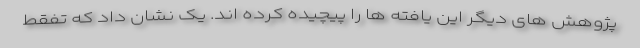
پژوهش های دیگر این یافته ها را پیچیده کرده اند. یک نشان داد که تفقط